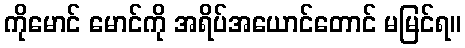
ကိုမောင် မောင်ကို အရိပ်အယောင်တောင် မမြင်ရ။